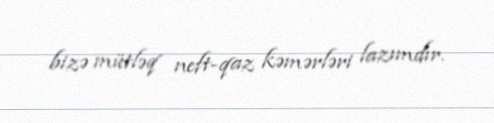
bizə mütləq neft-qaz kəmərləri lazımdır.